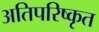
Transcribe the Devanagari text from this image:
अतिपरिष्कृत